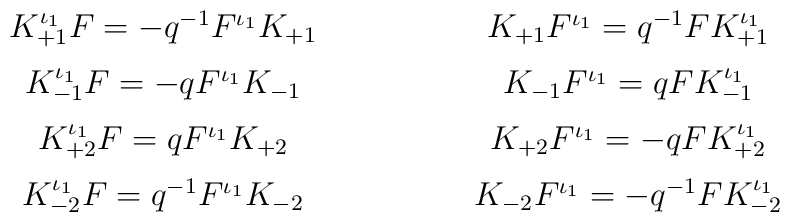
\begin{array}{c} K_{+1}^{\iota_1} F = - q^{-1} F^{\iota_1} K_{+1}  \\[2mm] K_{-1}^{\iota_1} F = - q F^{\iota_1} K_{-1}  \\[2mm] K_{+2}^{\iota_1} F = q F^{\iota_1} K_{+2}  \\[2mm] K_{-2}^{\iota_1} F = q^{-1} F^{\iota_1}K_{-2} \end{array}\qquad \qquad\begin{array}{c} K_{+1} F^{\iota_1} = q^{-1} F K_{+1}^{\iota_1}  \\[2mm] K_{-1} F^{\iota_1} = q F K_{-1}^{\iota_1}  \\[2mm] K_{+2} F^{\iota_1} = - q F K_{+2}^{\iota_1}  \\[2mm] K_{-2} F^{\iota_1} = - q^{-1} FK_{-2}^{\iota_1} \end{array}